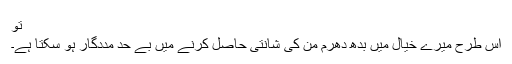
تو
اس طرح میرے خیال میں بدھ دھرم من کی شانتی حاصل کرنے میں بے حد مددگار ہو سکتا ہے۔